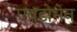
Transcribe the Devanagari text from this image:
एबडोमेन